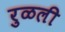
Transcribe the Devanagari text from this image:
रुळली